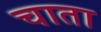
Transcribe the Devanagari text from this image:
चाता